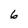
Character: 6